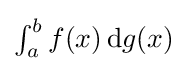
{\textstyle \int _{a}^{b}f(x)\,\mathrm {d} g(x)}